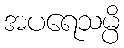
အပရေသမ္ပိ